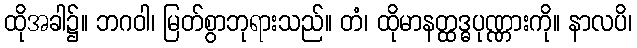
ထိုအခါ၌။ ဘဂဝါ၊ မြတ်စွာဘုရားသည်။ တံ၊ ထိုမာနတ္ထဒ္ဓပုဏ္ဏားကို။ နာလပိ၊